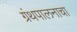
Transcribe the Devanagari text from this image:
ग्रंथपालनाचा